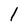
Character: 1